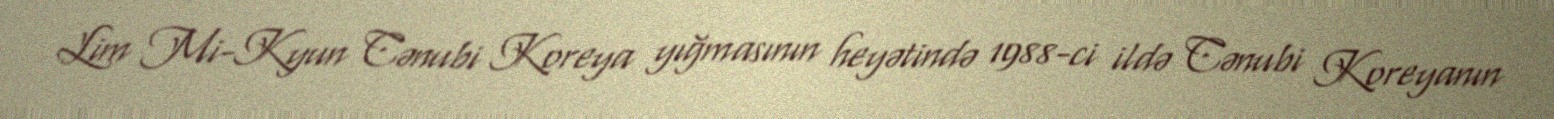
Lim Mi-Kyun Cənubi Koreya yığmasının heyətində 1988-ci ildə Cənubi Koreyanın